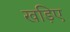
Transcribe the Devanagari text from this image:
खड़िए